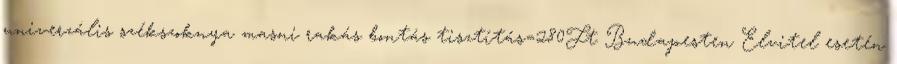
univerzális székszoknya masni rakás bontás tisztítás=280Ft Budapesten Elvitel esetén